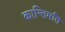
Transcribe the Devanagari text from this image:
कान्तिमति